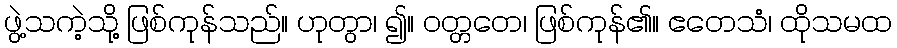
ဖွဲ့သကဲ့သို့ ဖြစ်ကုန်သည်။ ဟုတွာ၊ ၍။ ဝတ္တတေ၊ ဖြစ်ကုန်၏။ ဧတေသံ၊ ထိုသမထ